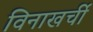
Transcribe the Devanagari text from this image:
विनाखर्ची